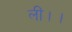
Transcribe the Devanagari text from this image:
लीं।।